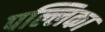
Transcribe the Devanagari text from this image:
पल्लिका